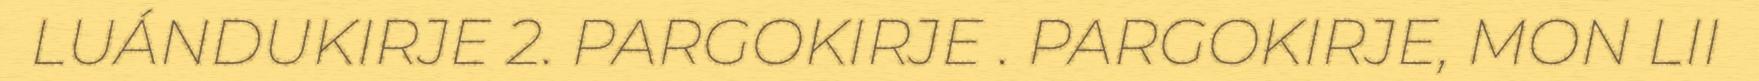
LUÁNDUKIRJE 2. PARGOKIRJE . PARGOKIRJE, MON LII